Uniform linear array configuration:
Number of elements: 16
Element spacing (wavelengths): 0.5
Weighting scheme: blackman
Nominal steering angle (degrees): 30
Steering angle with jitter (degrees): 31.451
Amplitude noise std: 0.05
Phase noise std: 0.05

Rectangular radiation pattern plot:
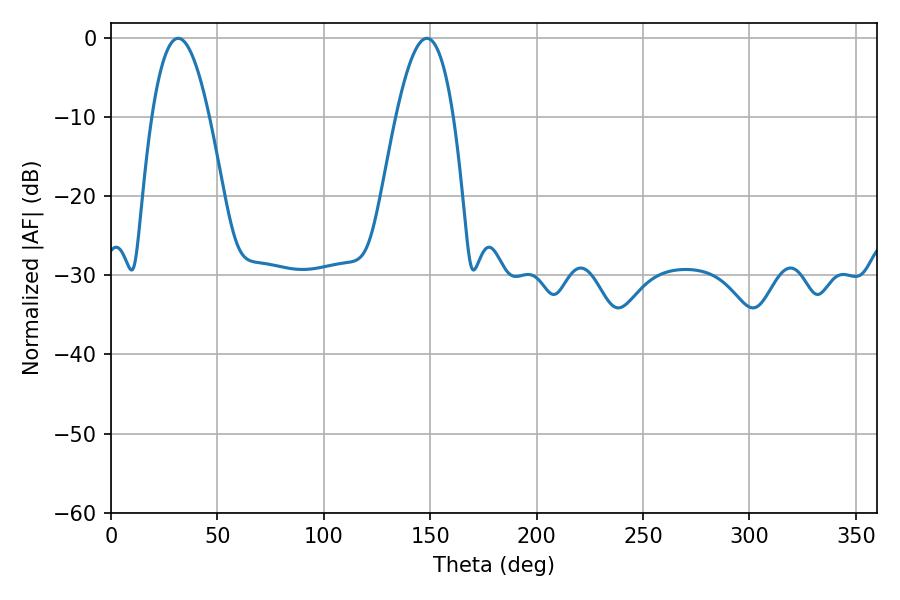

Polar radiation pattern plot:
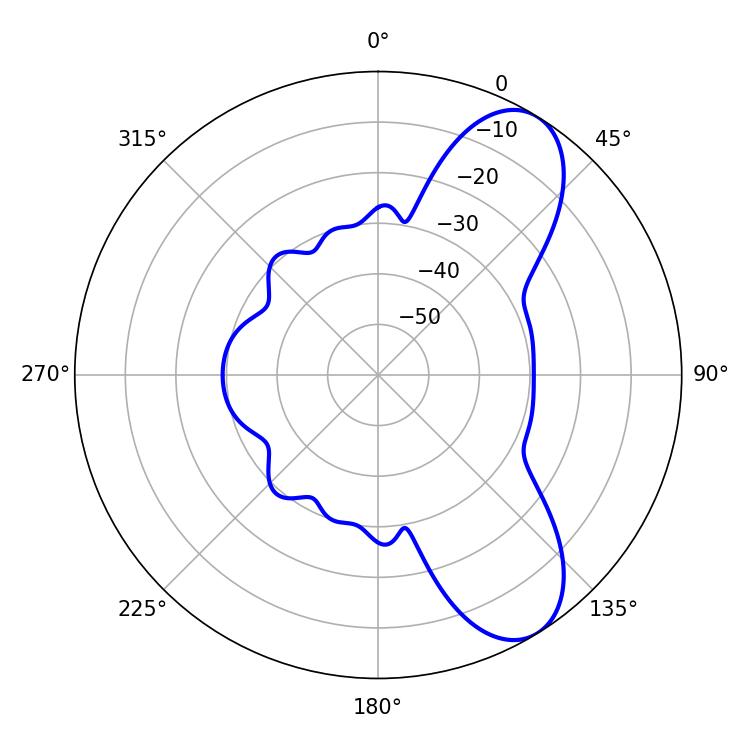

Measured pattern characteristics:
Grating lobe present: FALSE
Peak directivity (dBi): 8.312
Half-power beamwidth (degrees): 14.76
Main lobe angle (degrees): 31.5